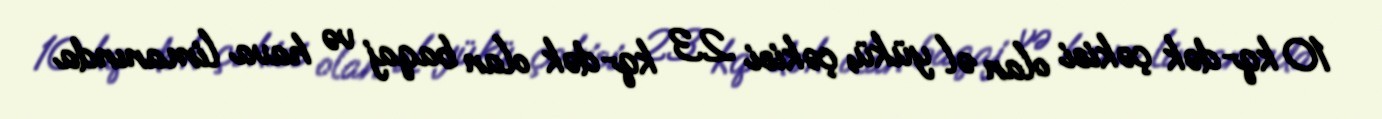
10 kq-dək çəkisi olan əl yükü, çəkisi 23 kq-dək olan baqaj və hava limanında